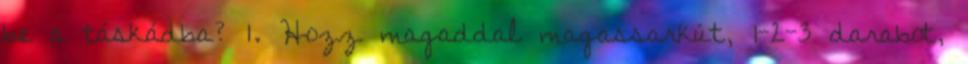
be a táskádba? 1. Hozz magaddal magassarkút, 1-2-3 darabot,